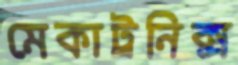
মেকাট্রনিক্স